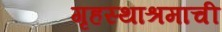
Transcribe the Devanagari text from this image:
गृहस्थाश्रमाची